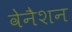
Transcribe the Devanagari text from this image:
वेनैशन